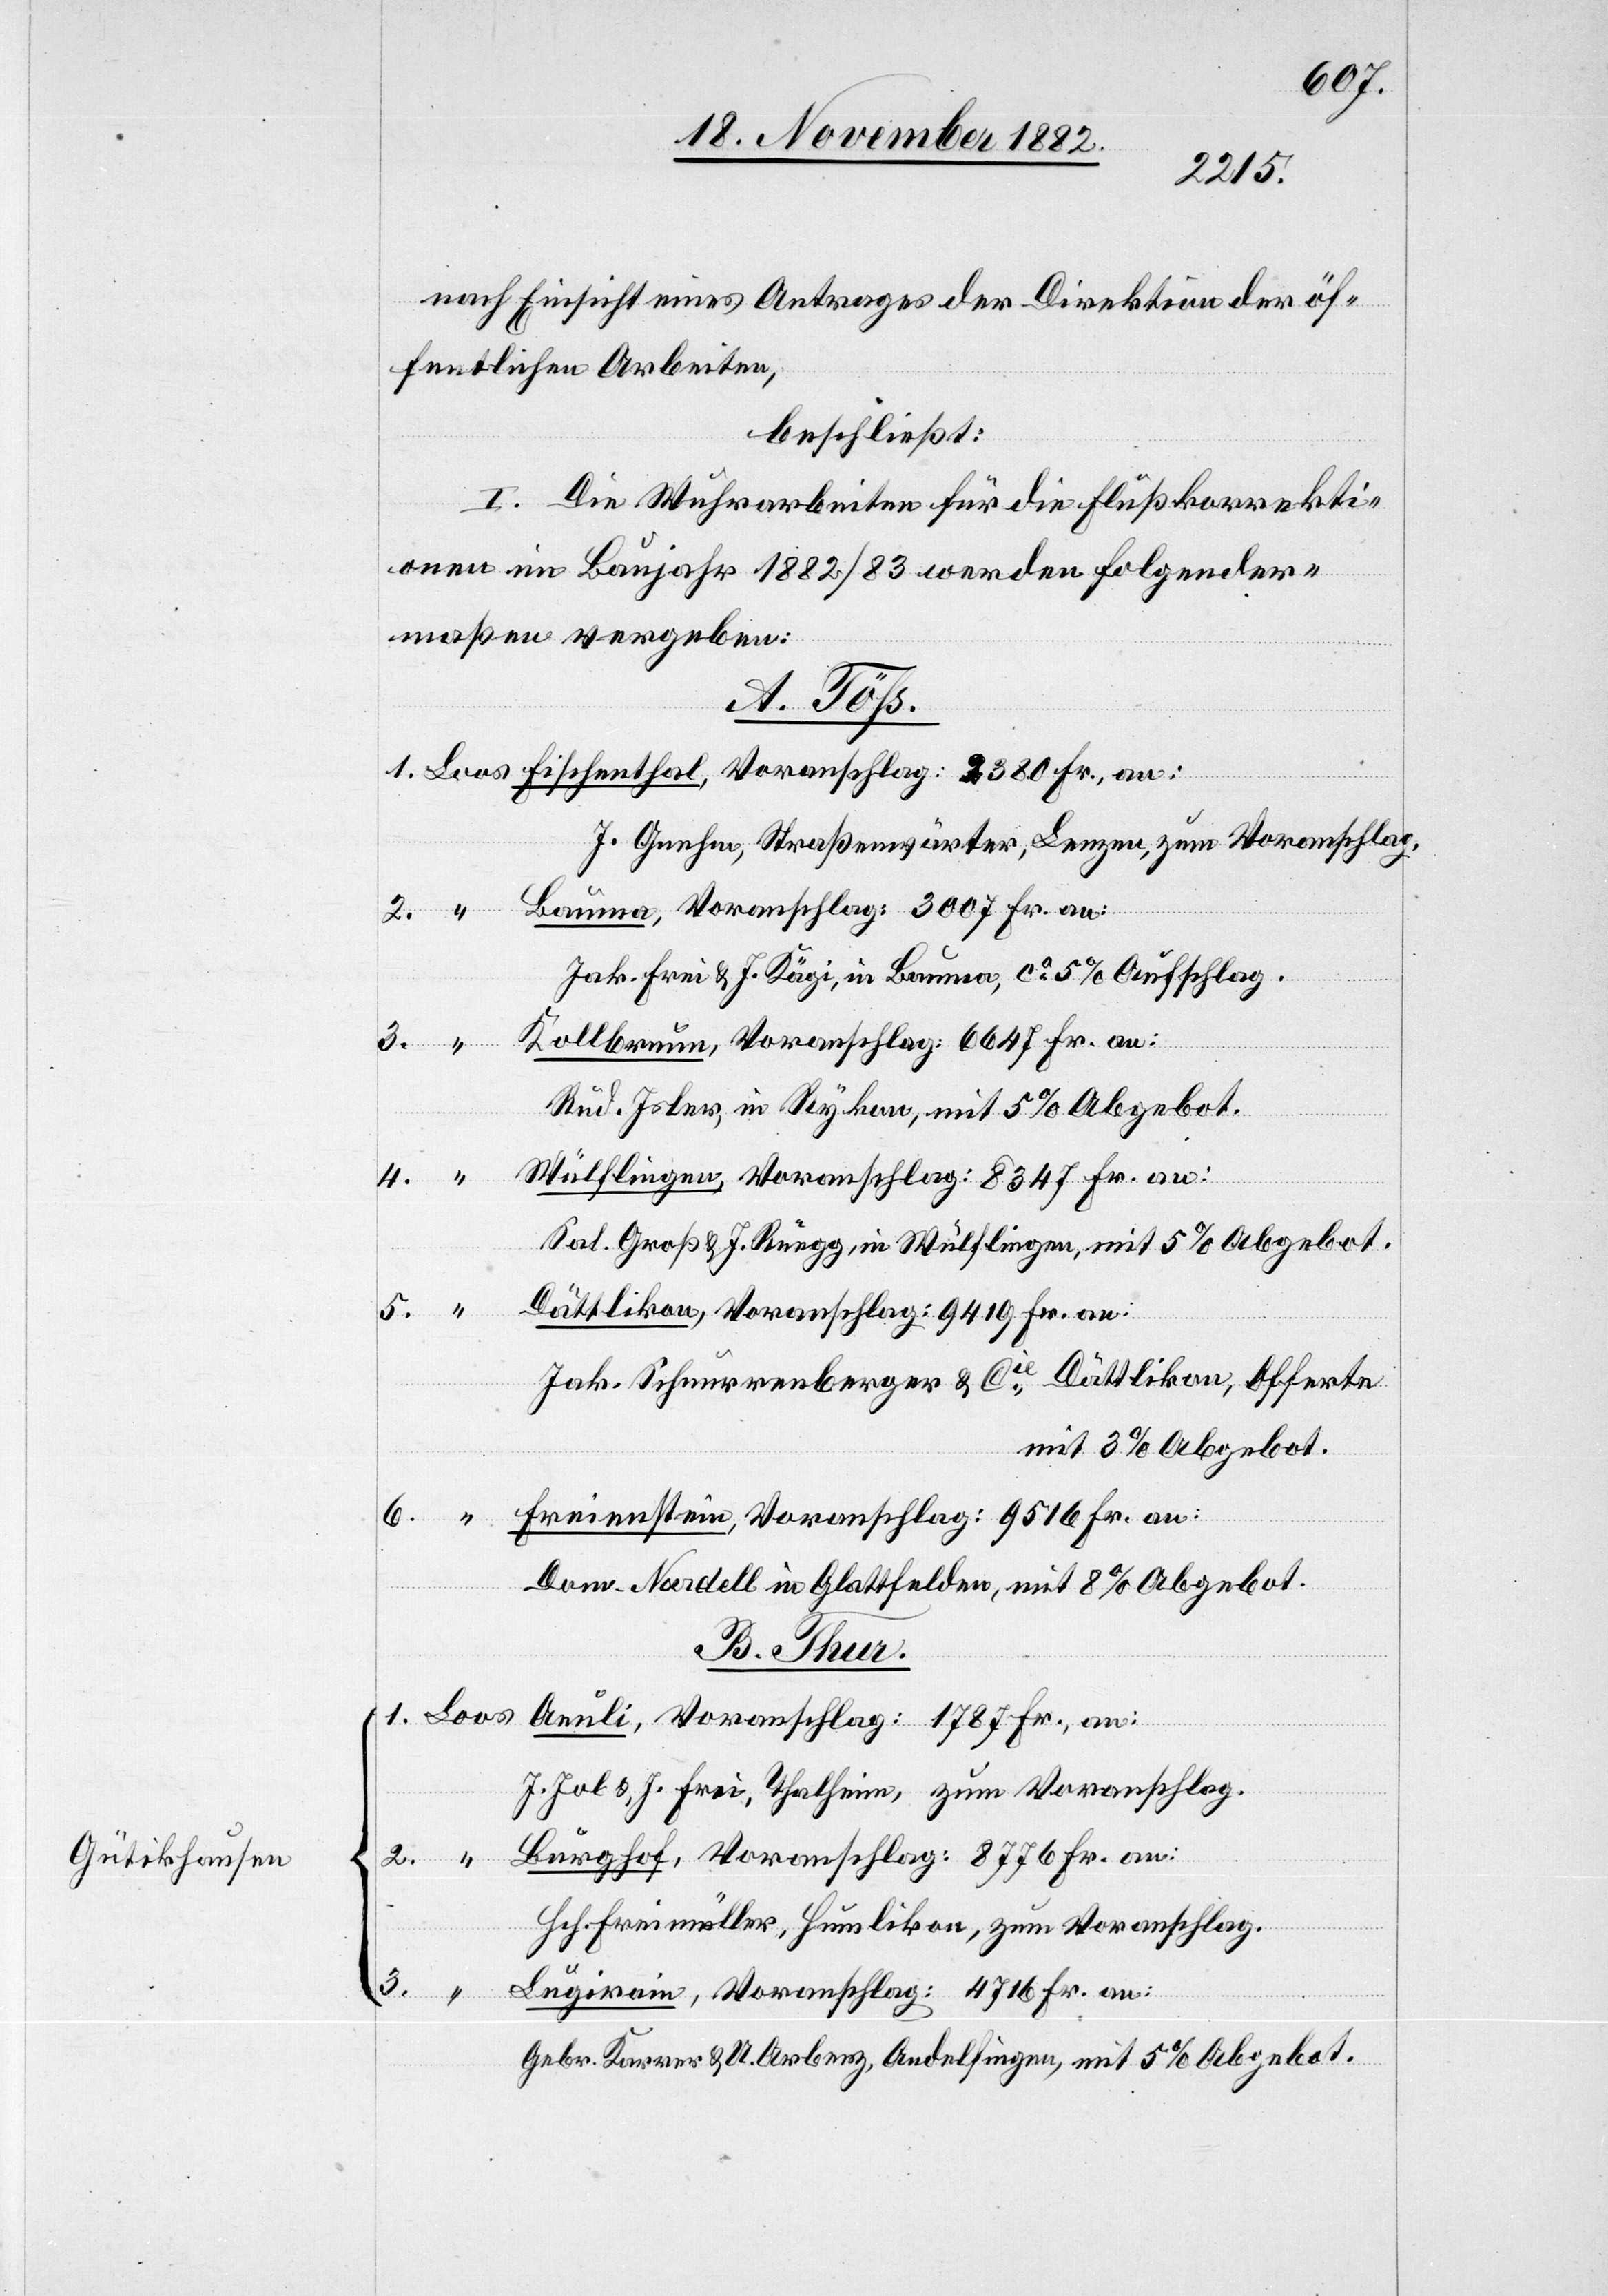
nach Einsicht eines Antrages der Direktion der öf¬
fentlichen Arbeiten,
beschließt:
I. Die Wuhrarbeiten für die Flußkorrekti¬
onen im Baujahr 1882/83 werden folgender¬
maßen vergeben:
A. Töß.
Fischen¬
J. Gnehm, Straßenwärter, Lenzen, zum Voranschlag.
Bauma, Voranschlag: 3007 Fr. an:
Jak. Frei & J. Kägi, in Bauma, ca 5% Aufschlag.
Kollbrunn, Voranschlag: 6647 Fr. an:
Rud. Isler, in Rykon, mit 5% Abgebot.
Wülflingen, Voranschlag: 8347 Fr. an:
Sal. Groß & J. Rüegg, in Wülflingen, mit 5% Abgebot.
Dättlikon, Voranschlag: 9419 Fr. an:
Jak. Schnurrenberger & Cie, Dättlikon, Offerte
mit 3% Abgebot.
Freienstein, Voranschlag: 9516 Fr. an:
Dom-Noadell in Glattfelden, mit 8% Abgebot.
B. Thun.
Aeuli, Voranschlag: 1787 Fr., an:
J. Job & J: frei, Thalheim, zum Voranschlag.
Burghof, Voranschlag: 8776 Fr. an:
Hch. Freimüller, Humlikon, zum Voranschlag..
Lugirain, Voranschlag: 4716 Fr. an:
3.
Gebr. Karrer & U. Arbenz, Andelfingen, mit 5% Abgebot.